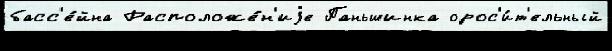
басс'е́йна Расположе́н'иjе Паньшинка орос'и́т'ельный